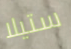
ستيلا